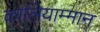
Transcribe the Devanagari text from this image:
कालियाम्मान